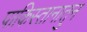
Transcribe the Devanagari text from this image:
पाकिस्तानातुन